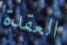
العقدة